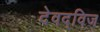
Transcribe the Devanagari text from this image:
देवद्विज